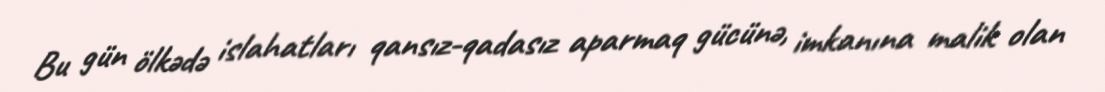
Bu gün ölkədə islahatları qansız-qadasız aparmaq gücünə, imkanına malik olan